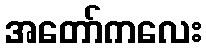
အတော်ကလေး